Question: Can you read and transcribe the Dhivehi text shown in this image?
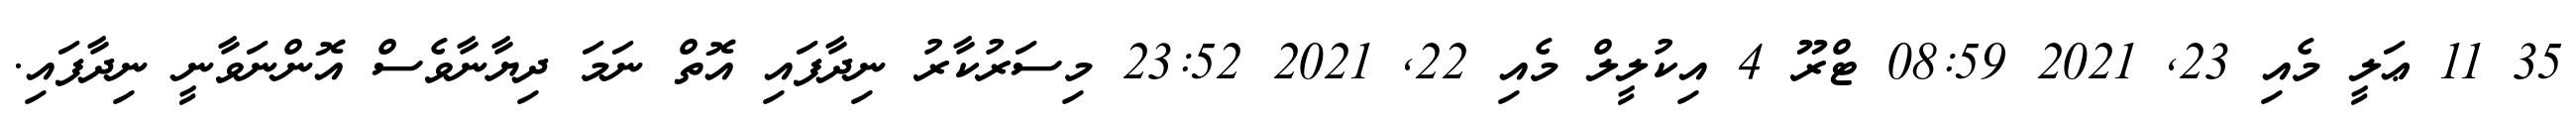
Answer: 35 11 ޢަލީ މެއި 23, 2021 08:59 ޓްރޫ 4 އިކުލީލް މެއި 22, 2021 23:52 މިސަރުކާރު ނިދާފައި އޮތް ނަމަ ދިޔާނާވެސް އޮންނަވާނީ ނިދާފައި.